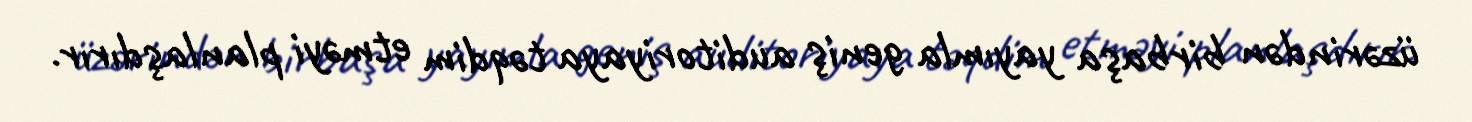
üzərindən birbaşa yayımla geniş auditoriyaya təqdim etməyi planlaşdırır.